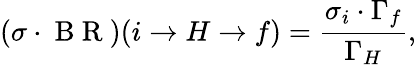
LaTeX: (\sigma\cdot\mathrm{~B~R~})(i\to{H}\to f)=\frac{\sigma_{i}\cdot\Gamma_{f}}{\Gamma_{H}},